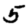
Digit: 5